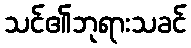
သင်၏ဘုရားသခင်